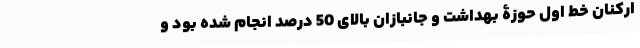
ارکنان خط اول حوزۀ بهداشت و جانبازان بالای 50 درصد انجام شده بود و